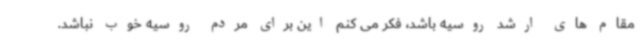
مقام های ارشد روسیه باشد، فکر می کنم این برای مردم روسیه خوب نباشد.